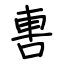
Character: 軎